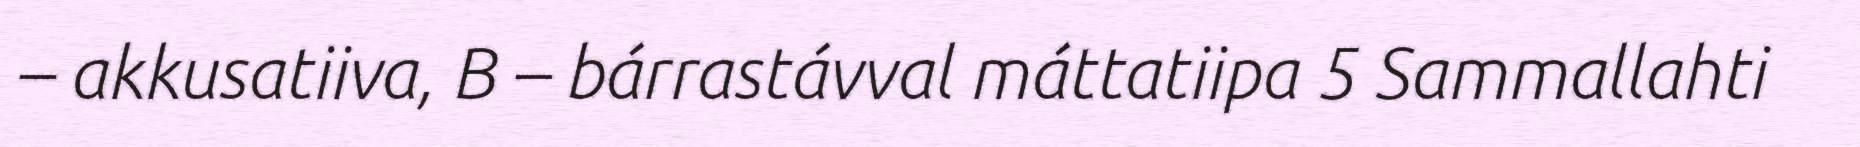
– akkusatiiva, B – bárrastávval máttatiipa 5 Sammallahti